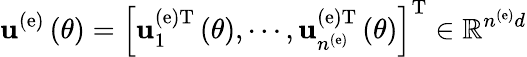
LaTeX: {\mathbf u}^{\left(\mathrm{e}\right)}\left(\theta\right)=\left[{\mathbf u}_{1}^{\left(\mathrm{e}\right)\mathrm{T}}\left(\theta\right),\cdots,{\mathbf u}_{n^{\left(\mathrm{e}\right)}}^{\left(\mathrm{e}\right)\mathrm{T}}\left(\theta\right)\right]^{\mathrm{T}}\in\mathbb{R}^{n^{\left(\mathrm{e}\right)}d}